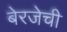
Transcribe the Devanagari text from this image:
बेरजेची